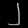
Digit: ၂